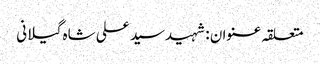
متعلقہ عنوان : شہیدسید علی شاہ گیلانی